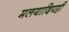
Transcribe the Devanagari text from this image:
मलयादिपट्टी